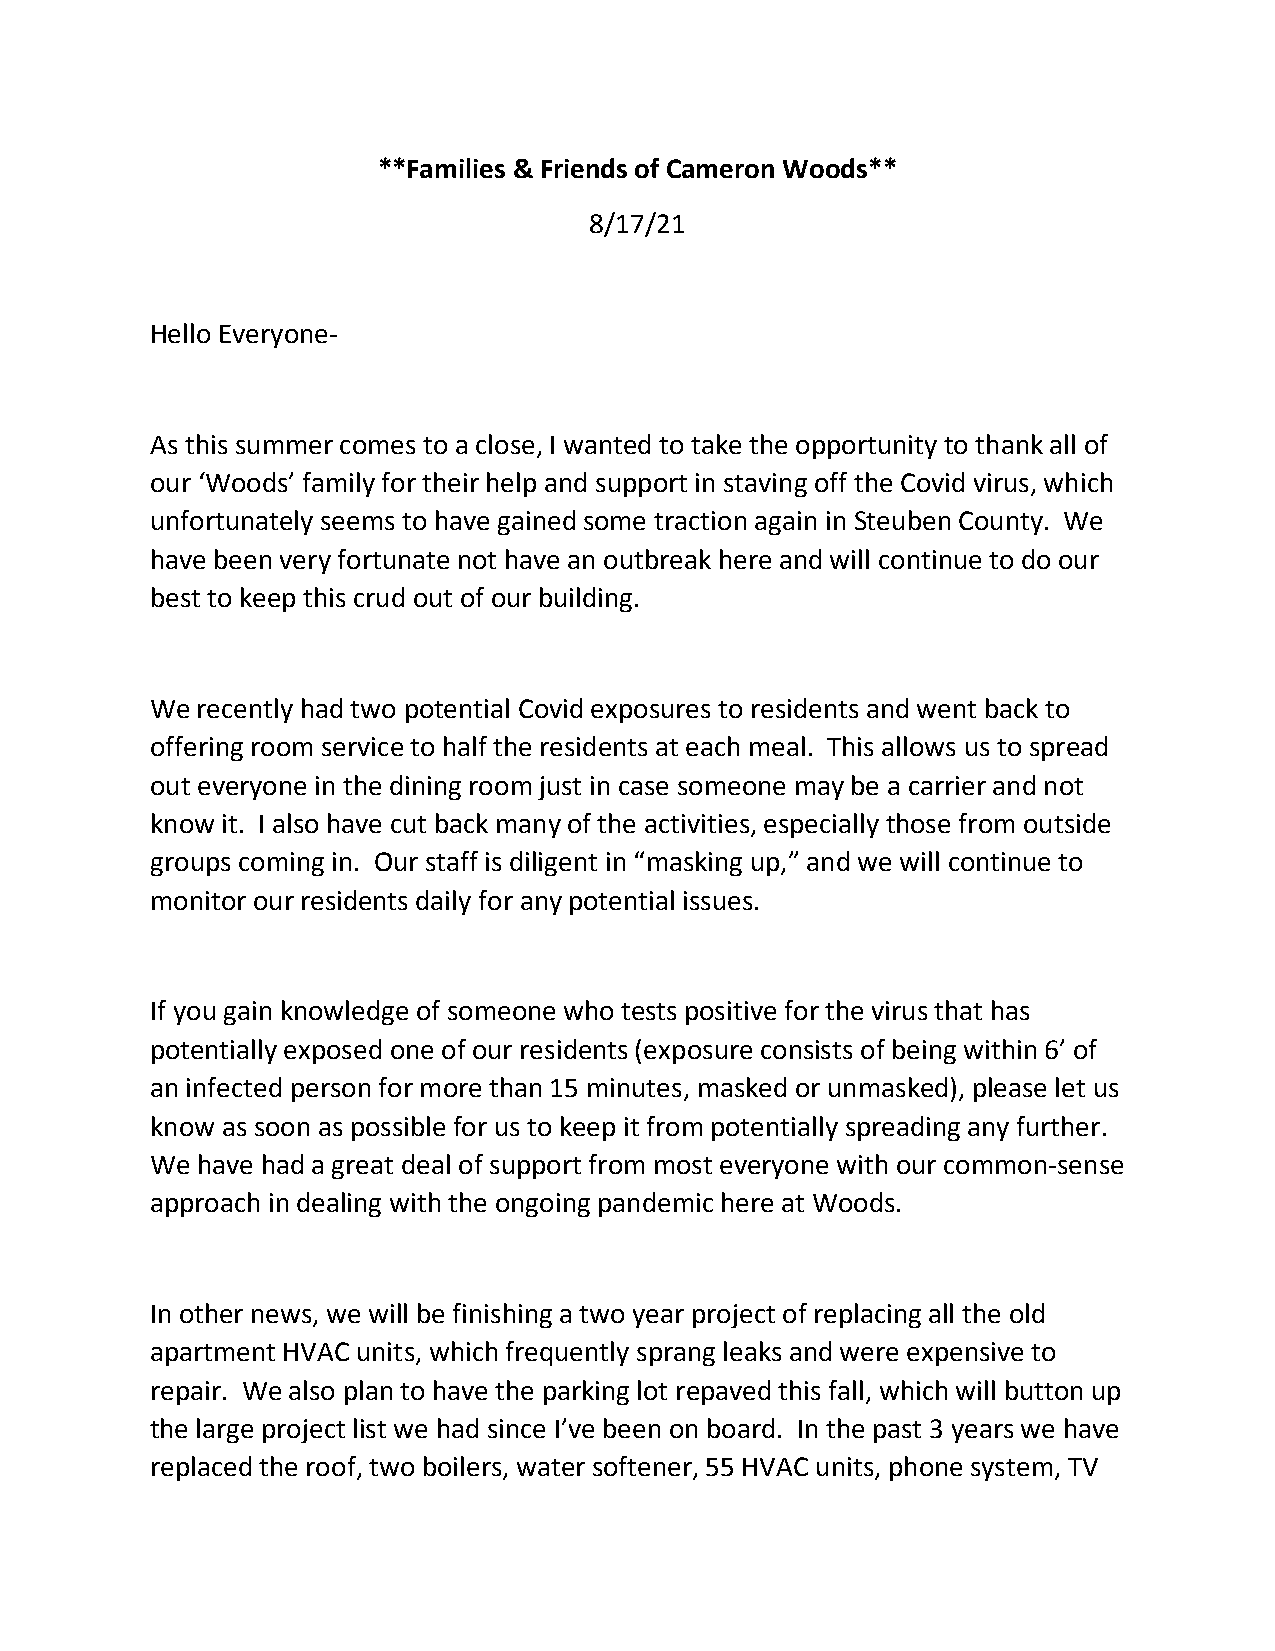
**Families & Friends of Cameron Woods**
 8/17/21
 Hello Everyone-
 As this summer comes to a close, I wanted to take the opportunity to thank all of
 our ‘Woods’ family for their help and support in staving off the Covid virus, which
 unfortunately seems to have gained some traction again in Steuben County. We
 have been very fortunate not have an outbreak here and will continue to do our
 best to keep this crud out of our building.
 We recently had two potential Covid exposures to residents and went back to
 offering room service to half the residents at each meal. This allows us to spread
 out everyone in the dining room just in case someone may be a carrier and not
 know it. I also have cut back many of the activities, especially those from outside
 groups coming in. Our staff is diligent in “masking up,” and we will continue to
 monitor our residents daily for any potential issues.
 If you gain knowledge of someone who tests positive for the virus that has
 potentially exposed one of our residents (exposure consists of being within 6’ of
 an infected person for more than 15 minutes, masked or unmasked), please let us
 know as soon as possible for us to keep it from potentially spreading any further.
 We have had a great deal of support from most everyone with our common-sense
 approach in dealing with the ongoing pandemic here at Woods.
 In other news, we will be finishing a two year project of replacing all the old
 apartment HVAC units, which frequently sprang leaks and were expensive to
 repair. We also plan to have the parking lot repaved this fall, which will button up
 the large project list we had since I’ve been on board. In the past 3 years we have
 replaced the roof, two boilers, water softener, 55 HVAC units, phone system, TV